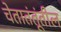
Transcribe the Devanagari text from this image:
चेतातंतूंतील